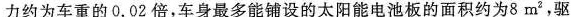
力约为车重的0.02倍，车身最多能铺设的太阳能电池板的面积约为8m^{2}，驱